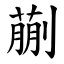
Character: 蒯